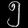
Digit: ၅